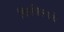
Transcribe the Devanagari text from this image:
चित्रशिल्पांचे